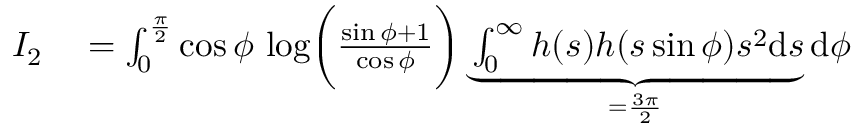
\begin{array} { r l } { I _ { 2 } } & { { } = \int _ { 0 } ^ { \frac { \pi } { 2 } } \cos \phi \, \log \biggr ( \frac { \sin \phi + 1 } { \cos \phi } \biggr ) \underbrace { \int _ { 0 } ^ { \infty } h ( s ) h ( s \sin \phi ) s ^ { 2 } \mathrm { d } s } _ { = \frac { 3 \pi } { 2 } } \mathrm { d } \phi } \end{array}